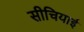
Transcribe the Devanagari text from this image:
सीचियाई